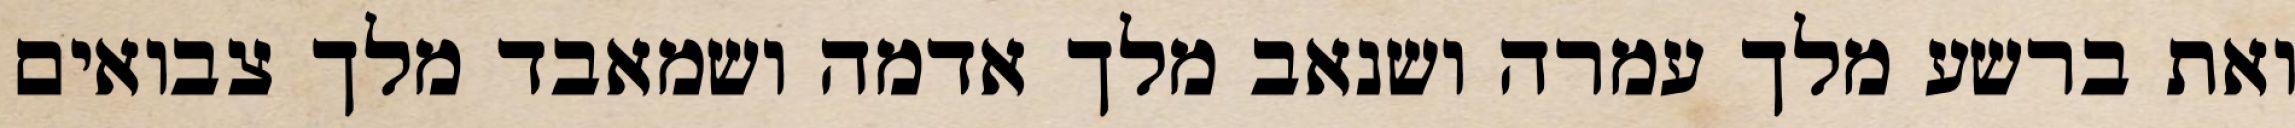
ואת ברשע מלך עמרה ושנאב מלך אדמה ושמאבד מלך צבואים